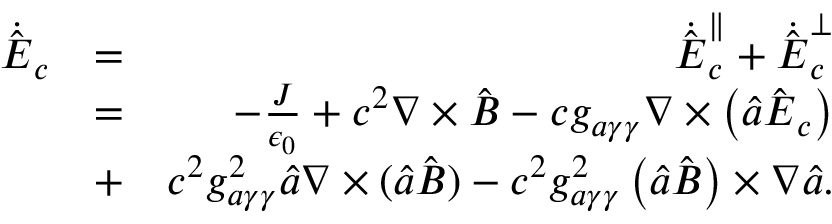
\begin{array} { r l r } { \dot { \hat { \boldsymbol E } } _ { c } } & { = } & { \dot { \hat { \boldsymbol E } } _ { c } ^ { \parallel } + \dot { \hat { \boldsymbol E } } _ { c } ^ { \perp } } \\ & { = } & { - \frac { \boldsymbol J } { \epsilon _ { 0 } } + c ^ { 2 } \boldsymbol \nabla \times \hat { \boldsymbol B } - c g _ { a \gamma \gamma } \boldsymbol \nabla \times \left( \hat { a } \hat { \boldsymbol E } _ { c } \right) } \\ & { + } & { c ^ { 2 } g _ { a \gamma \gamma } ^ { 2 } \hat { a } \boldsymbol \nabla \times ( \hat { a } \hat { \boldsymbol B } ) - c ^ { 2 } g _ { a \gamma \gamma } ^ { 2 } \left( \hat { a } \hat { \boldsymbol B } \right) \times \boldsymbol \nabla \hat { a } . } \end{array}